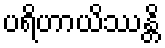
ပရိဟာယိဿန္တိ